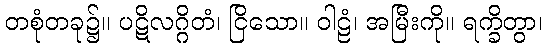
တစုံတခု၌။ ပဋိလဂ္ဂိတံ၊ ငြိသော။ ဝါဠံ၊ အမြီးကို။ ရက္ခိတွာ၊